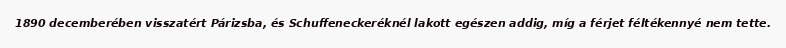
1890 decemberében visszatért Párizsba, és Schuffeneckeréknél lakott egészen addig, míg a férjet féltékennyé nem tette.